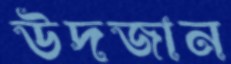
উদজান